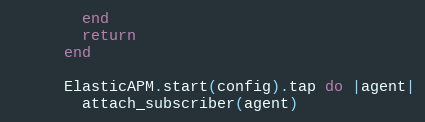
Language: Ruby
        end
        return
      end

      ElasticAPM.start(config).tap do |agent|
        attach_subscriber(agent)